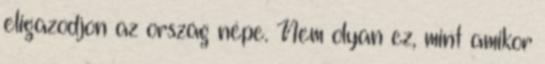
eligazodjon az ország népe. Nem olyan ez, mint amikor